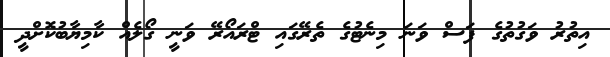
އިތުރު ވަގުތުގެ ފަސް ވަނަ މިނެޓުގެ ތެރޭގައި ޓްރައޯރޭ ވަނީ ގޯލެއް ކާމިޔާބުކޮށްދީ